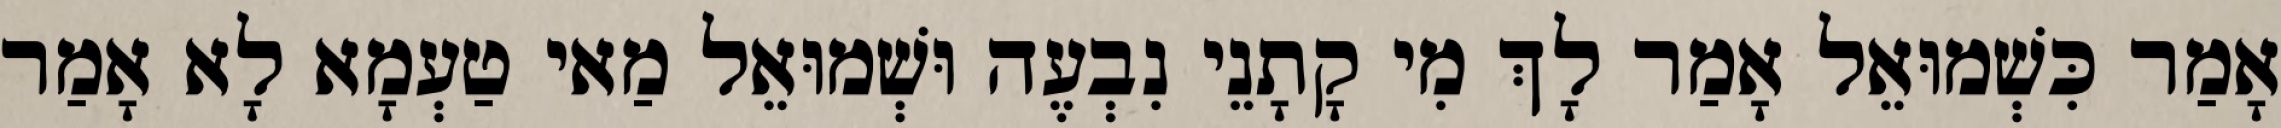
אָמַר כִּשְׁמוּאֵל אָמַר לָךְ מִי קָתָנֵי נִבְעֶה וּשְׁמוּאֵל מַאי טַעְמָא לָא אָמַר